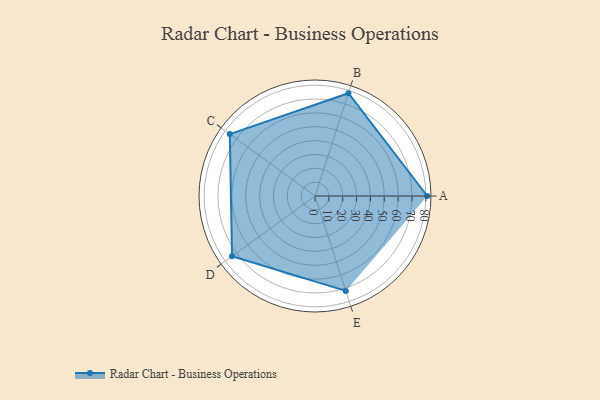
{"axis": {"x": "Skill", "y": "Score"}, "legend": ["Profile"], "data": [{"x": "A", "y": 81.0, "type": "Profile"}, {"x": "B", "y": 78.0, "type": "Profile"}, {"x": "C", "y": 76.0, "type": "Profile"}, {"x": "D", "y": 74.0, "type": "Profile"}, {"x": "E", "y": 72.0, "type": "Profile"}]}